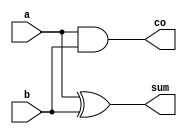
module half_adder(
    input a,
    input b,
    output sum,
    output co
);

assign sum = a ^ b;
assign co = a & b;

endmodule